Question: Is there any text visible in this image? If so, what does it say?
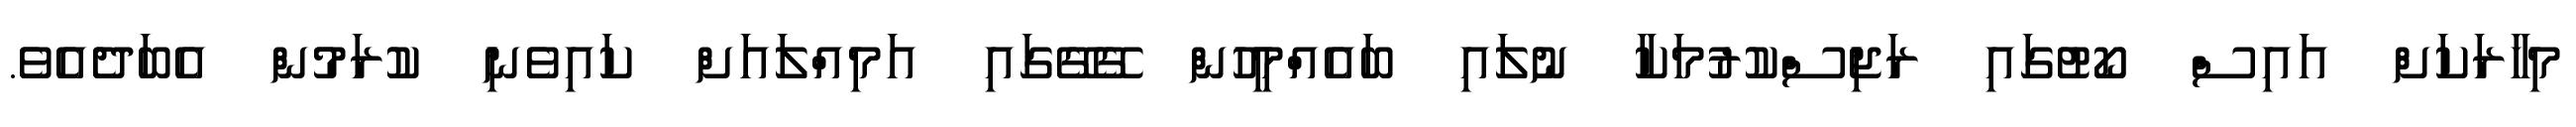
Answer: މިހާރަކަށް އައިސް ކޯޓުގައި ރަޖިސްކުރުމަކާ ނުލައި ބައެއްމީހުން ގޭގޭގައި އަމިއްލައަށް ކައިވެނި ކުރަމުން އެބަދެއެވެ.